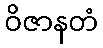
ဝိဇာနတံ